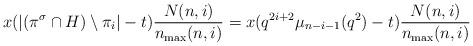
LaTeX: \begin{align*} x(|(\pi^{\sigma}\cap H)\setminus\pi_{i}|-t)\frac{N(n,i)}{n_{\max}(n,i)}=x(q^{2i+2}\mu_{n-i-1}(q^{2})-t)\frac{N(n,i)}{n_{\max}(n,i)} \end{align*}